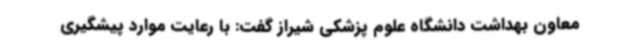
معاون بهداشت دانشگاه علوم پزشکی شیراز گفت: با رعایت موارد پیشگیری